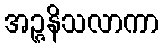
အဉ္ဇနိသလာကာ